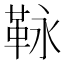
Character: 𩊍